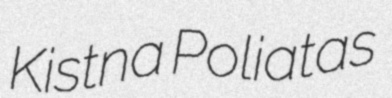
Kistna Poliatas